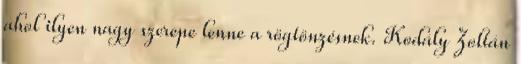
ahol ilyen nagy szerepe lenne a rögtönzésnek. Kodály Zoltán